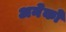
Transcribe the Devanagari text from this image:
अनेेकों